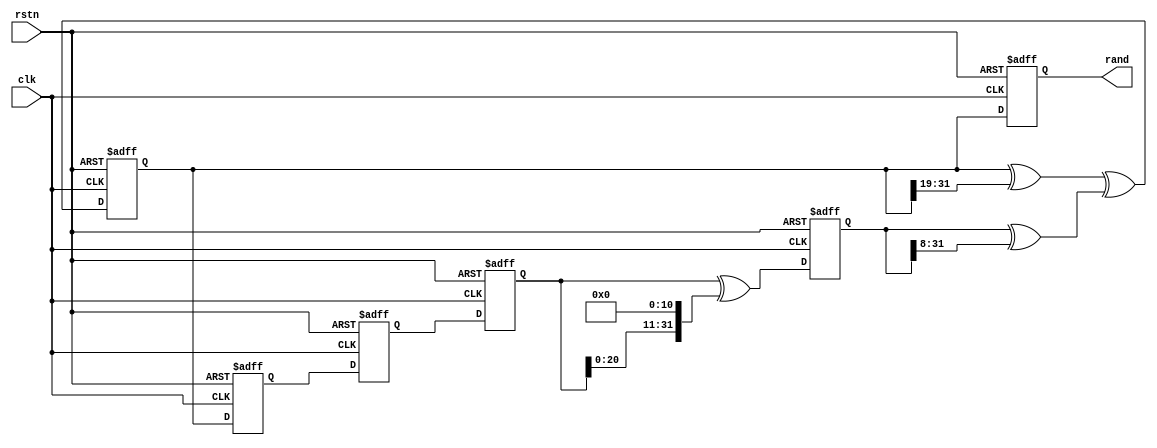
module xorshift128(
    input clk,
    input rstn,
    output reg [31:0] rand
);

reg [31:0] x;
reg [31:0] y;
reg [31:0] z;
reg [31:0] w;
reg [31:0] t;

//async reset
always @ (posedge clk, posedge rstn)
begin
    if (rstn)
    begin
        x <= 123456789;
        y <= 3624360069;
        z <= 521288629;
        w <= 88675123;
        t <= 0;
        rand <= 0;
    end
    else
    begin
        t <= x ^ (x << 11);
        x <= y;
        y <= z;
        z <= w;
        w <= (w ^ (w >>19)) ^ (t ^ (t >> 8));
        rand <= w;
    end
end // always

endmodule